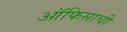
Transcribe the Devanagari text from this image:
ऑफिसाची